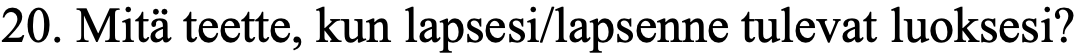
20. Mitä teette, kun lapsesi/lapsenne tulevat luoksesi?